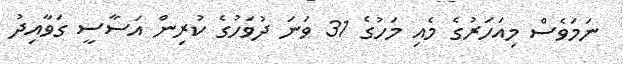
ނަމަވެސް މިއަހަރުގެ މެއި މަހުގެ 31 ވަނަ ދުވަހުގެ ކުރިން އަސާސީ ގަވާއިދު